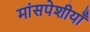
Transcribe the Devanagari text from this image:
मांसपेशीयाँ